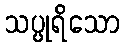
သပ္ပုရိသော